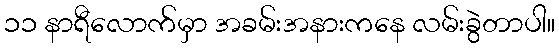
၁၁ နာရီလောက်မှာ အခမ်းအနားကနေ လမ်းခွဲတာပါ။